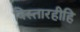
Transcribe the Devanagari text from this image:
विस्तारहीहि